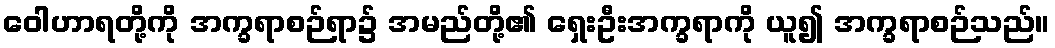
ဝေါဟာရတို့ကို အက္ခရာစဉ်ရာ၌ အမည်တို့၏ ရှေးဦးအက္ခရာကို ယူ၍ အက္ခရာစဉ်သည်။